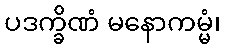
ပဒက္ခိဏံ မနောကမ္မံ၊